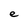
Character: e